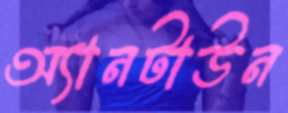
অ্যানটাউন